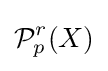
{\mathcal {P}}_{p}^{r}(X)